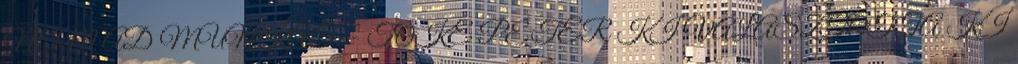
NEM AD MUNKÁT. - TŐKE PÉTER KI VÁLASZTOTTA KI